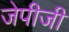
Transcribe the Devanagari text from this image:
जेपीजी